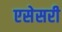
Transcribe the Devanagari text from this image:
एसेसरी